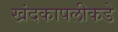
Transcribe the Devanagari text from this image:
खंदकापलीकडे